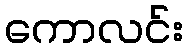
ကောလင်း